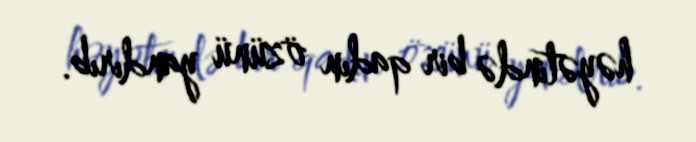
həyətində bir qadın özünü yandırıb.